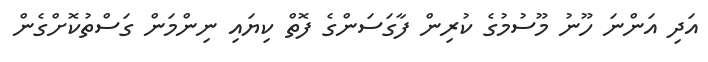
އަދި އަންނަ ހޫނު މޫސުމުގެ ކުރިން ފާގަސަންގެ ފޮތް ކިޔައި ނިންމަން ގަސްތުކޮށްގެން